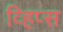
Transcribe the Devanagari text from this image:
व्हिप्स